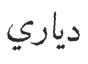
دياري